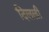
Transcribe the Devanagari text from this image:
दिलली